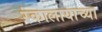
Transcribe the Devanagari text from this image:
रंकालायाच्या